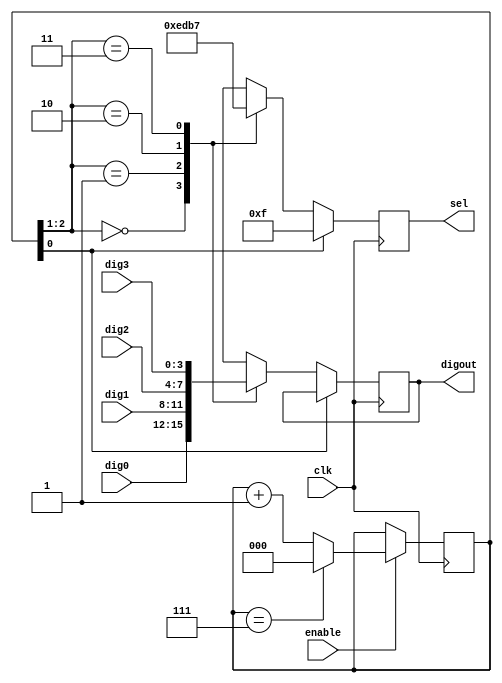
`timescale 1ns / 1ns
//////////////////////////////////////////////////////////////////////////////////
// Company: 
// 
// Design Name:    
// Module Name:    sel7seg4 
// Project Name: 
// Target Devices: 
// Tool versions: 
// Description: dynamic display of 4-7seg LEDs
//
// Dependencies: 
//
// Revision: 
// Revision 0.01 - File Created
// Additional Comments: 
//
//////////////////////////////////////////////////////////////////////////////////
module sel7seg4(
				input 		 clk,    // clock
				input 		 enable, // enable
				input [3:0]  dig0,   // digit 0 (Least Significant)
				input [3:0]  dig1,   //
				input [3:0]  dig2,   //
				input [3:0]  dig3,   // digit 3 (Most Significant)
				output [3:0] digout, // which digit to turn on
				output [3:0] sel     // output for digit
				);
   
   parameter MAX_COUNT = 3'b111;
   reg [2:0] 				 cnt = 3'b000; 
   reg [3:0] 				 sel_tmp = 4'b0000;
   reg [3:0] 				 digout_tmp;
   
   always @(posedge clk) begin
	  if ( enable==1'b1)
		if(cnt==MAX_COUNT)
		  cnt <= 3'b000;
		else
		  cnt <= cnt + 1'b1;
   end
   
   always @(posedge clk) begin
	  if(cnt[0]==1'b1)
		begin
		   sel_tmp <= 4'b1111;
		   digout_tmp <= digout_tmp;
		end
	  else
		case (cnt[2:1])
		  2'b00: begin
			 sel_tmp <= 4'b1110;
			 digout_tmp <= dig0;
		  end
		  2'b01: begin
			 sel_tmp <= 4'b1101;
			 digout_tmp <= dig1;
		  end
		  2'b10: begin
			 sel_tmp <= 4'b1011;
			 digout_tmp <= dig2;
		  end
		  2'b11: begin
			 sel_tmp <= 4'b0111;
			 digout_tmp <= dig3;
		  end
		  default:begin
			 sel_tmp <= 4'bxxxx;
			 digout_tmp <= 4'bxxxx;
		  end
		endcase
   end
   
   assign digout = digout_tmp;
   assign sel = sel_tmp;
   
endmodule